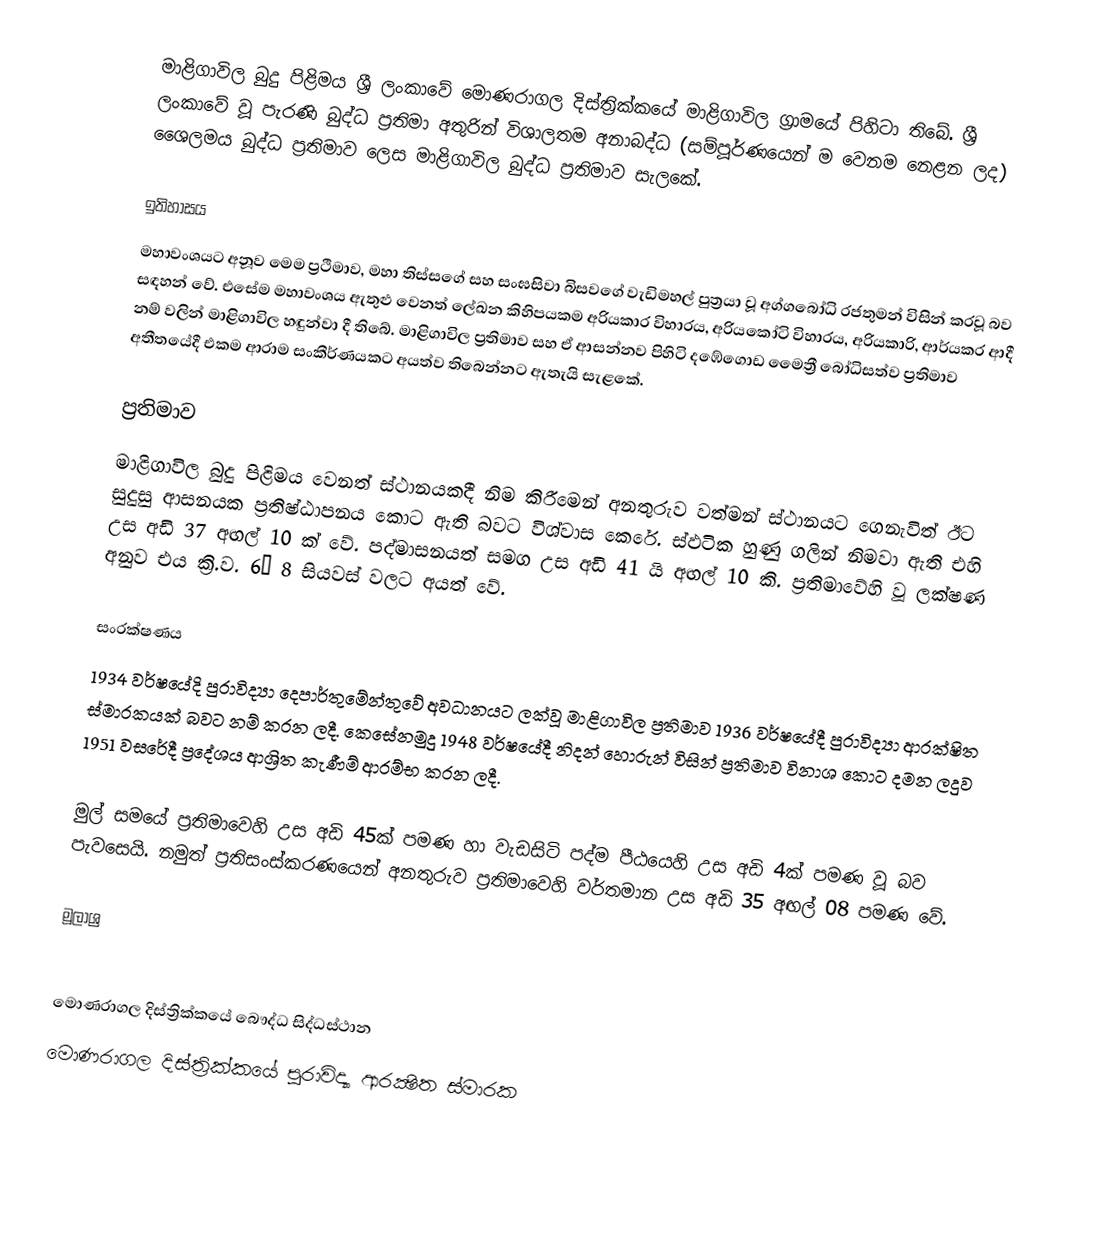
මාළිගාවිල බුදු පිළිමය ශ්‍රී ලංකාවේ මොණරාගල දිස්ත්‍රික්කයේ මාළිගාවිල ග්‍රාමයේ පිහිටා තිබේ. ශ්‍රී ලංකාවේ වූ පැරණි බුද්ධ ප්‍රතිමා අතුරින් විශාලතම අනාබද්ධ (සම්පූර්ණයෙන් ම වෙනම නෙළන ලද) ශෛලමය බුද්ධ ප්‍රතිමාව ලෙස මාළිගාවිල බුද්ධ ප්‍රතිමාව සැලකේ.

ඉතිහාසය
මහාවංශයට අනූව මෙම ප්‍රථිමාව, මහා තිස්‌සගේ සහ සංඝසිවා බිසවගේ වැඩිමහල් පුත්‍රයා වූ අග්ගබෝධි රජතුමන් විසින් කරවූ බව සඳහන් වේ. එසේම මහාවංශය ඇතුළු වෙනත් ලේඛන කිහිපයකම අරියකාර විහාරය, අරියකෝටි විහාරය, අරියකාරි, ආර්යකර ආදී නම් වලින් මාළිගාවිල හඳුන්වා දී තිබේ.  මාළිගාවිල ප්‍රතිමාව සහ ඒ ආසන්නව පිහිටි දඹේගොඩ මෛත්‍රී බෝධිසත්ව ප්‍රතිමාව අතීතයේදී එකම ආරාම සංකීර්ණයකට අයත්ව තිබෙන්නට ඇතැයි සැළකේ.

ප්‍රතිමාව
මාළිගාවිල බුදු පිළිමය වෙනත් ස්‌ථානයකදී නිම කිරීමෙන් අනතුරුව වත්මන් ස්ථානයට ගෙනැවිත් ඊට සුදුසු ආසනයක ප්‍රතිෂ්ඨාපනය කොට ඇති බවට විශ්වාස කෙරේ. ස්ඵටික හුණු ගලින් නිමවා ඇති එහි උස අඩි 37 අඟල් 10  ක්  වේ. පද්මාසනයත් සමග උස අඩි 41 යි අඟල් 10 කි. ප්‍රතිමාවේහි වූ ලක්ෂණ අනුව එය ක්‍රි.ව. 6– 8 සියවස් වලට අයත් වේ.

සංරක්ෂණය
1934 වර්ෂයේදි පුරාවිද්‍යා දෙපාර්තුමේන්තුවේ අවධානයට ලක්වූ මාළිගාවිල ප්‍රතිමාව 1936 වර්ෂයේදී පුරාවිද්‍යා ආරක්ෂිත ස්මාරකයක් බවට නම් කරන ලදී. කෙසේනමුදු 1948 වර්ෂයේදී නිදන් හොරුන් විසින් ප්‍රතිමාව විනාශ කොට දමන ලදුව 1951 වසරේදී ප්‍රදේශය ආශ්‍රිත කැණීම් ආරම්භ කරන ලදී.

මුල් සමයේ ප්‍රතිමාවෙහි උස අඩි 45ක් පමණ හා වැඩසිටි පද්ම පීඨයෙහි උස අඩි 4ක් පමණ වූ බව පැවසෙයි. නමුත් ප්‍රතිසංස්කරණයෙන් අනතුරුව ප්‍රතිමාවෙහි වර්තමාන උස අඩි 35 අඟල් 08 පමණ වේ.

මූලාශ්‍ර

මොණරාගල දිස්ත්‍රික්කයේ බෞද්ධ සිද්ධස්ථාන
මොණරාගල දිස්ත්‍රික්කයේ පුරාවිද්‍යා ආරක්‍ෂිත ස්මාරක‎